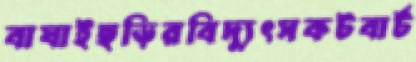
বাঘাইছড়িরবিদ্যুৎসকটবার্ট